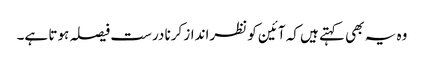
وہ یہ بھی کہتے ہیں کہ آئین کو نظرانداز کرنا درست فیصلہ ہوتا ہے۔